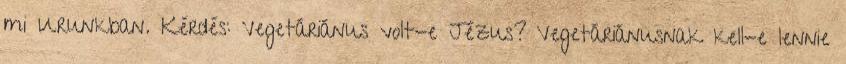
mi Urunkban. Kérdés: Vegetáriánus volt-e Jézus? Vegetáriánusnak kell-e lennie